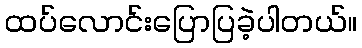
ထပ်လောင်းပြောပြခဲ့ပါတယ်။